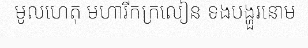
មូលហេតុ មហារីកក្រលៀន ទងបង្ហួរនោម